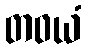
တဝယံ